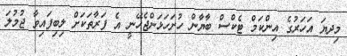
މިދޔަ އަހަރުގެ އިންކަމް ޓެކްސް ބާޔާން ހުށަހަޅަންޖެހޭނީ އެ ފަރާތަކަށް ލިބިފައިވާ ޖުމުލަ